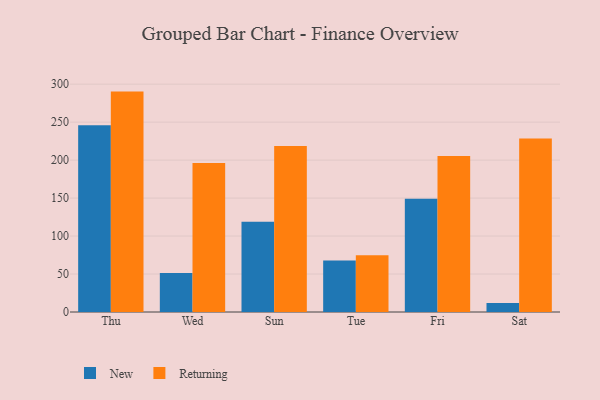
{"axis": {"x": "Day", "y": "Conversion Rate (%)"}, "legend": ["New", "Returning"], "data": [{"x": "Thu", "y": 245.8, "type": "New"}, {"x": "Thu", "y": 290.2, "type": "Returning"}, {"x": "Wed", "y": 51.4, "type": "New"}, {"x": "Wed", "y": 196.2, "type": "Returning"}, {"x": "Sun", "y": 118.8, "type": "New"}, {"x": "Sun", "y": 218.7, "type": "Returning"}, {"x": "Tue", "y": 67.7, "type": "New"}, {"x": "Tue", "y": 74.6, "type": "Returning"}, {"x": "Fri", "y": 149.2, "type": "New"}, {"x": "Fri", "y": 205.5, "type": "Returning"}, {"x": "Sat", "y": 11.8, "type": "New"}, {"x": "Sat", "y": 228.3, "type": "Returning"}]}